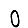
Digit: 0